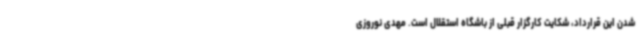
شدن این قرارداد، شکایت کارگزار قبلی از باشگاه استقلال است. مهدی نوروزی